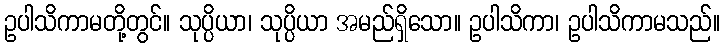
ဥပါသိကာမတို့တွင်။ သုပ္ပိယာ၊ သုပ္ပိယာ အမည်ရှိသော။ ဥပါသိကာ၊ ဥပါသိကာမသည်။